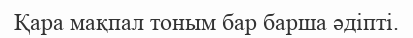
Қара мақпал тоным бар барша әдіпті.